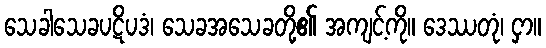
သေခါသေခပဋိပဒံ၊ သေခအသေခတို့၏ အကျင့်ကို။ ဒေဿတုံ၊ ငှာ။